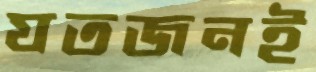
যতজনই